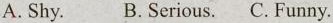
A. Shy. B. Serious. C. Funny.